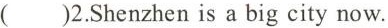
()2.Shenzhen is a big city now.